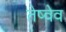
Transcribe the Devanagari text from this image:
तेष्वेव